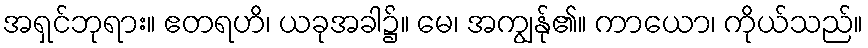
အရှင်ဘုရား။ ဧတရဟိ၊ ယခုအခါ၌။ မေ၊ အကျွန်ု၏။ ကာယော၊ ကိုယ်သည်။